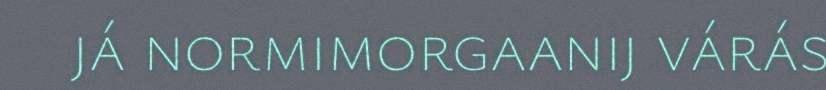
já normimorgaanij várás